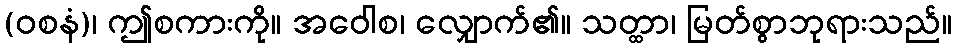
(ဝစနံ)၊ ဤစကားကို။ အဝေါစ၊ လျှောက်၏။ သတ္ထာ၊ မြတ်စွာဘုရားသည်။